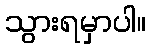
သွားရမှာပါ။